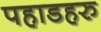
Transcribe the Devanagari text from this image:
पहाडहरु